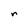
Character: r